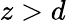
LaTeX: z>d